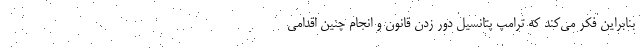
بنابراین فکر می‌کند که ترامپ پتانسیل دور زدن قانون و انجام چنین اقدامی